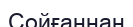
Сойғаннан